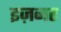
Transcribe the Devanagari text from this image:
इज़नर